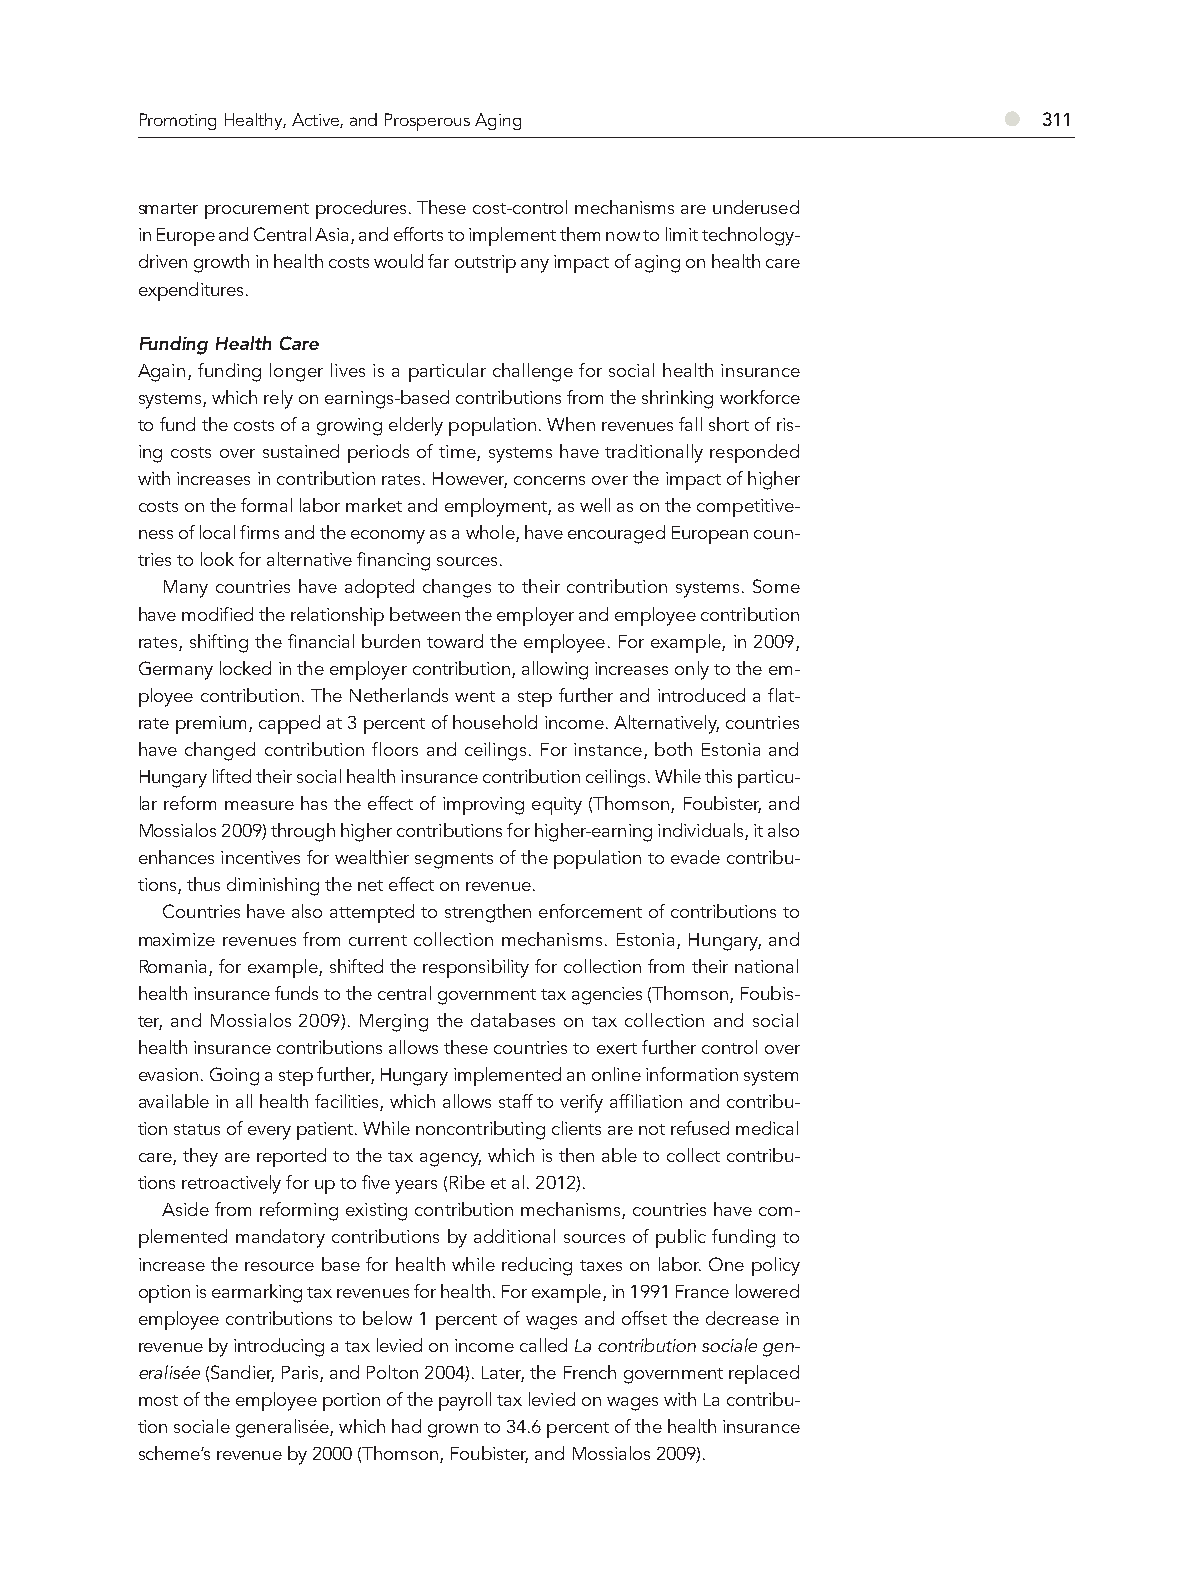
Promoting Healthy, Active, and Prosperous Aging          ●  311
 smarter procurement procedures. These cost-control mechanisms are underused
 in Europe and Central Asia, and efforts to implement them now to limit technology-
 driven growth in health costs would far outstrip any impact of aging on health care
 expenditures.
 Funding Health Care
 Again, funding longer lives is a particular challenge for social health insurance
 systems, which rely on earnings-based contributions from the shrinking workforce
 to fund the costs of a growing elderly population. When revenues fall short of ris-
 ing costs over sustained periods of time, systems have traditionally responded
 with increases in contribution rates. However, concerns over the impact of higher
 costs on the formal labor market and employment, as well as on the competitive-
 ness of local firms and the economy as a whole, have encouraged European coun-
 tries to look for alternative financing sources.
 Many countries have adopted changes to their contribution systems. Some
 have modified the relationship between the employer and employee contribution
 rates, shifting the financial burden toward the employee. For example, in 2009,
 Germany locked in the employer contribution, allowing increases only to the em-
 ployee contribution. The Netherlands went a step further and introduced a flat-
 rate premium, capped at 3 percent of household income. Alternatively, countries
 have changed contribution floors and ceilings. For instance, both Estonia and
 Hungary lifted their social health insurance contribution ceilings. While this particu-
 lar reform measure has the effect of improving equity (Thomson, Foubister, and
 Mossialos 2009) through higher contributions for higher-earning individuals, it also
 enhances incentives for wealthier segments of the population to evade contribu-
 tions, thus diminishing the net effect on revenue.
 Countries have also attempted to strengthen enforcement of contributions to
 maximize revenues from current collection mechanisms. Estonia, Hungary, and
 Romania, for example, shifted the responsibility for collection from their national
 health insurance funds to the central government tax agencies (Thomson, Foubis-
 ter, and Mossialos 2009). Merging the databases on tax collection and social
 health insurance contributions allows these countries to exert further control over
 evasion. Going a step further, Hungary implemented an online information system
 available in all health facilities, which allows staff to verify affiliation and contribu-
 tion status of every patient. While noncontributing clients are not refused medical
 care, they are reported to the tax agency, which is then able to collect contribu-
 tions retroactively for up to five years (Ribe et al. 2012).
 Aside from reforming existing contribution mechanisms, countries have com-
 plemented mandatory contributions by additional sources of public funding to
 increase the resource base for health while reducing taxes on labor. One policy
 option is earmarking tax revenues for health. For example, in 1991 France lowered
 employee contributions to below 1 percent of wages and offset the decrease in
 revenue by introducing a tax levied on income called La contribution sociale gen-
 eralisée (Sandier, Paris, and Polton 2004). Later, the French government replaced
 most of the employee portion of the payroll tax levied on wages with La contribu-
 tion sociale generalisée, which had grown to 34.6 percent of the health insurance
 scheme’s revenue by 2000 (Thomson, Foubister, and Mossialos 2009).